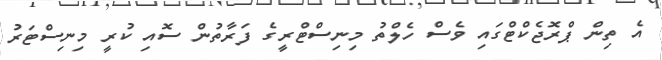
އެ ތިން ޕްރޮޖެކްޓްގައި ވެސް ހެލްތު މިނިސްޓްރީގެ ފަރާތުން ސޮއި ކުރީ މިނިސްޓަރު